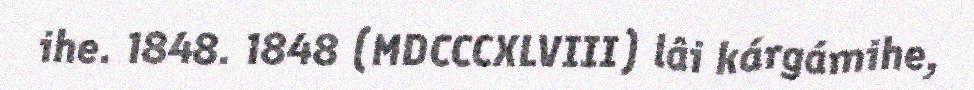
ihe. 1848. 1848 (MDCCCXLVIII) lâi kárgámihe,